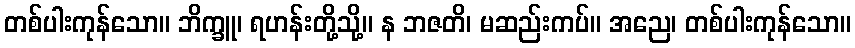
တစ်ပါးကုန်သော။ ဘိက္ခူ၊ ရဟန်းတို့သို့။ န ဘဇတိ၊ မဆည်းကပ်။ အညေ၊ တစ်ပါးကုန်သော။